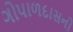
ગોપાળદાસનો